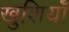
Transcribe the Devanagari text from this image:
खुशियॉँ